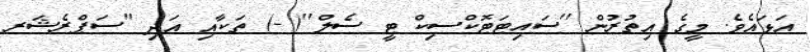
އަޅައެވެ. މީގެ އިތުރުން ''ސައިޓަޓޮކްސިކް ޓީ ސެލް''( -) ތަކާއި އަދި ''ސަޕްރެޝަރ